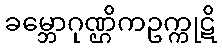
ခမ္ဘောဂုဏ္ဌိကဥက္ကုဋိ